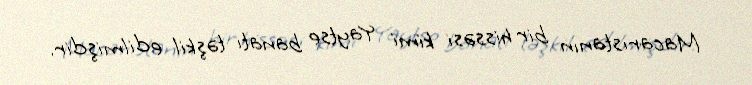
Macarıstanın bir hissəsi kimi Yaytse banatı təşkil edilmişdir.